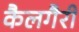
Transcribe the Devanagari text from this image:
कैलगैरी